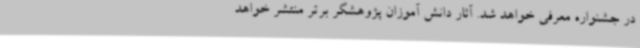
در جشنواره معرفی خواهد شد. آثار دانش آموزان پژوهشگر برتر منتشر خواهد